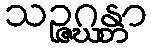
သဉ္ဇဂ္ဃန္တာ